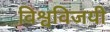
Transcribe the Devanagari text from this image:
विश्वविजयी